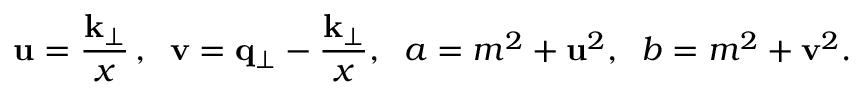
{ \bf u } = { \frac { { \bf k } _ { \perp } } { x } } \, , \; \; { \bf v } = { \bf q } _ { \perp } - { \frac { { \bf k } _ { \perp } } { x } } , \; \; a = m ^ { 2 } + { \bf u } ^ { 2 } , \; \; b = m ^ { 2 } + { \bf v } ^ { 2 } .